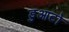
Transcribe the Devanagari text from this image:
डुआटो